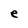
Character: e